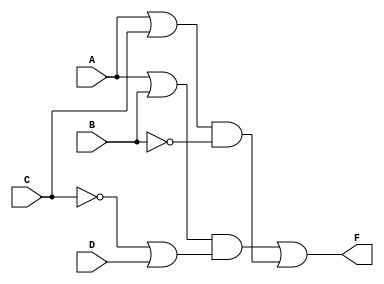
module Lab1_gatelevel(F, A, B, C, D);

	output F;
	input A, B, C, D;
	wire nC, nB, o1_o, o2_o, o3_o, a1_o, a2_o;

	not N1(nC, C);
	not N2(nB, B);

	or O1(o1_o, A, B);
	or O2(o2_o, nC, D);
	or O3(o3_o, A, C);

	and A1(a1_o, o1_o, o2_o);
	and A2(a2_o, o3_o, nB);

	or O4(F, a1_o, a2_o);

endmodule